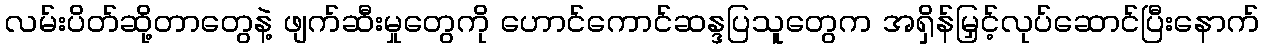
လမ်းပိတ်ဆို့တာတွေနဲ့ ဖျက်ဆီးမှုတွေကို ဟောင်ကောင်ဆန္ဒပြသူတွေက အရှိန်မြှင့်လုပ်ဆောင်ပြီးနောက်